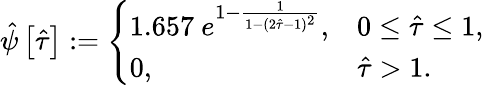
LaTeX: \hat{\psi}\left[\hat{\tau}\right]:=\left\{ \begin{array}{ll}{1.657~e^{1-\frac{1}{1-(2\hat{\tau}-1)^{2}}},}&{0\leq\hat{\tau}\leq 1,}\\ {0,}&{\hat{\tau}>1.}\end{array}\right.